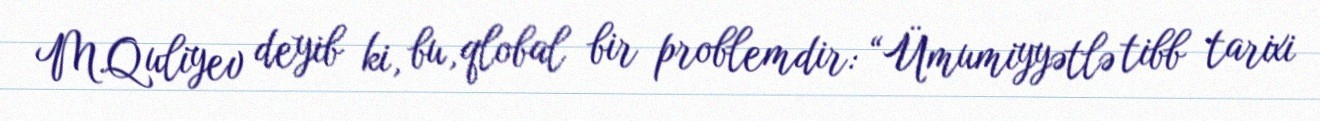
M.Quliyev deyib ki, bu, qlobal bir problemdir: “Ümumiyyətlə tibb tarixi